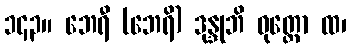
၁၄၃။ ဘေရီ (ဘေရိ) ဒုန္ဒုဘိ ဝုတ္တော ထ၊